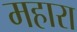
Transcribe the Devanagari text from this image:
महारा